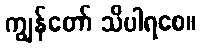
ကျွန်တော် သိပါရစေ။